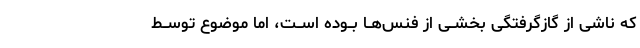
که ناشى از گازگرفتگى بخشــى از فنس‌هــا بــوده اســت، اما موضوع توســط